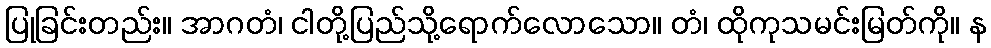
ပြုခြင်းတည်း။ အာဂတံ၊ ငါတို့ပြည်သို့ရောက်လောသော။ တံ၊ ထိုကုသမင်းမြတ်ကို။ န